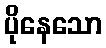
ပိုနေသော